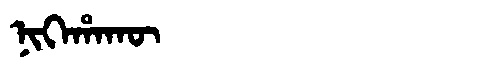
Manchu: ᠨᡳᡴᡝᡥᠠᡴᡡ
Romanization: NIKEHAKŪ